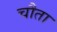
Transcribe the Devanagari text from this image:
चौता